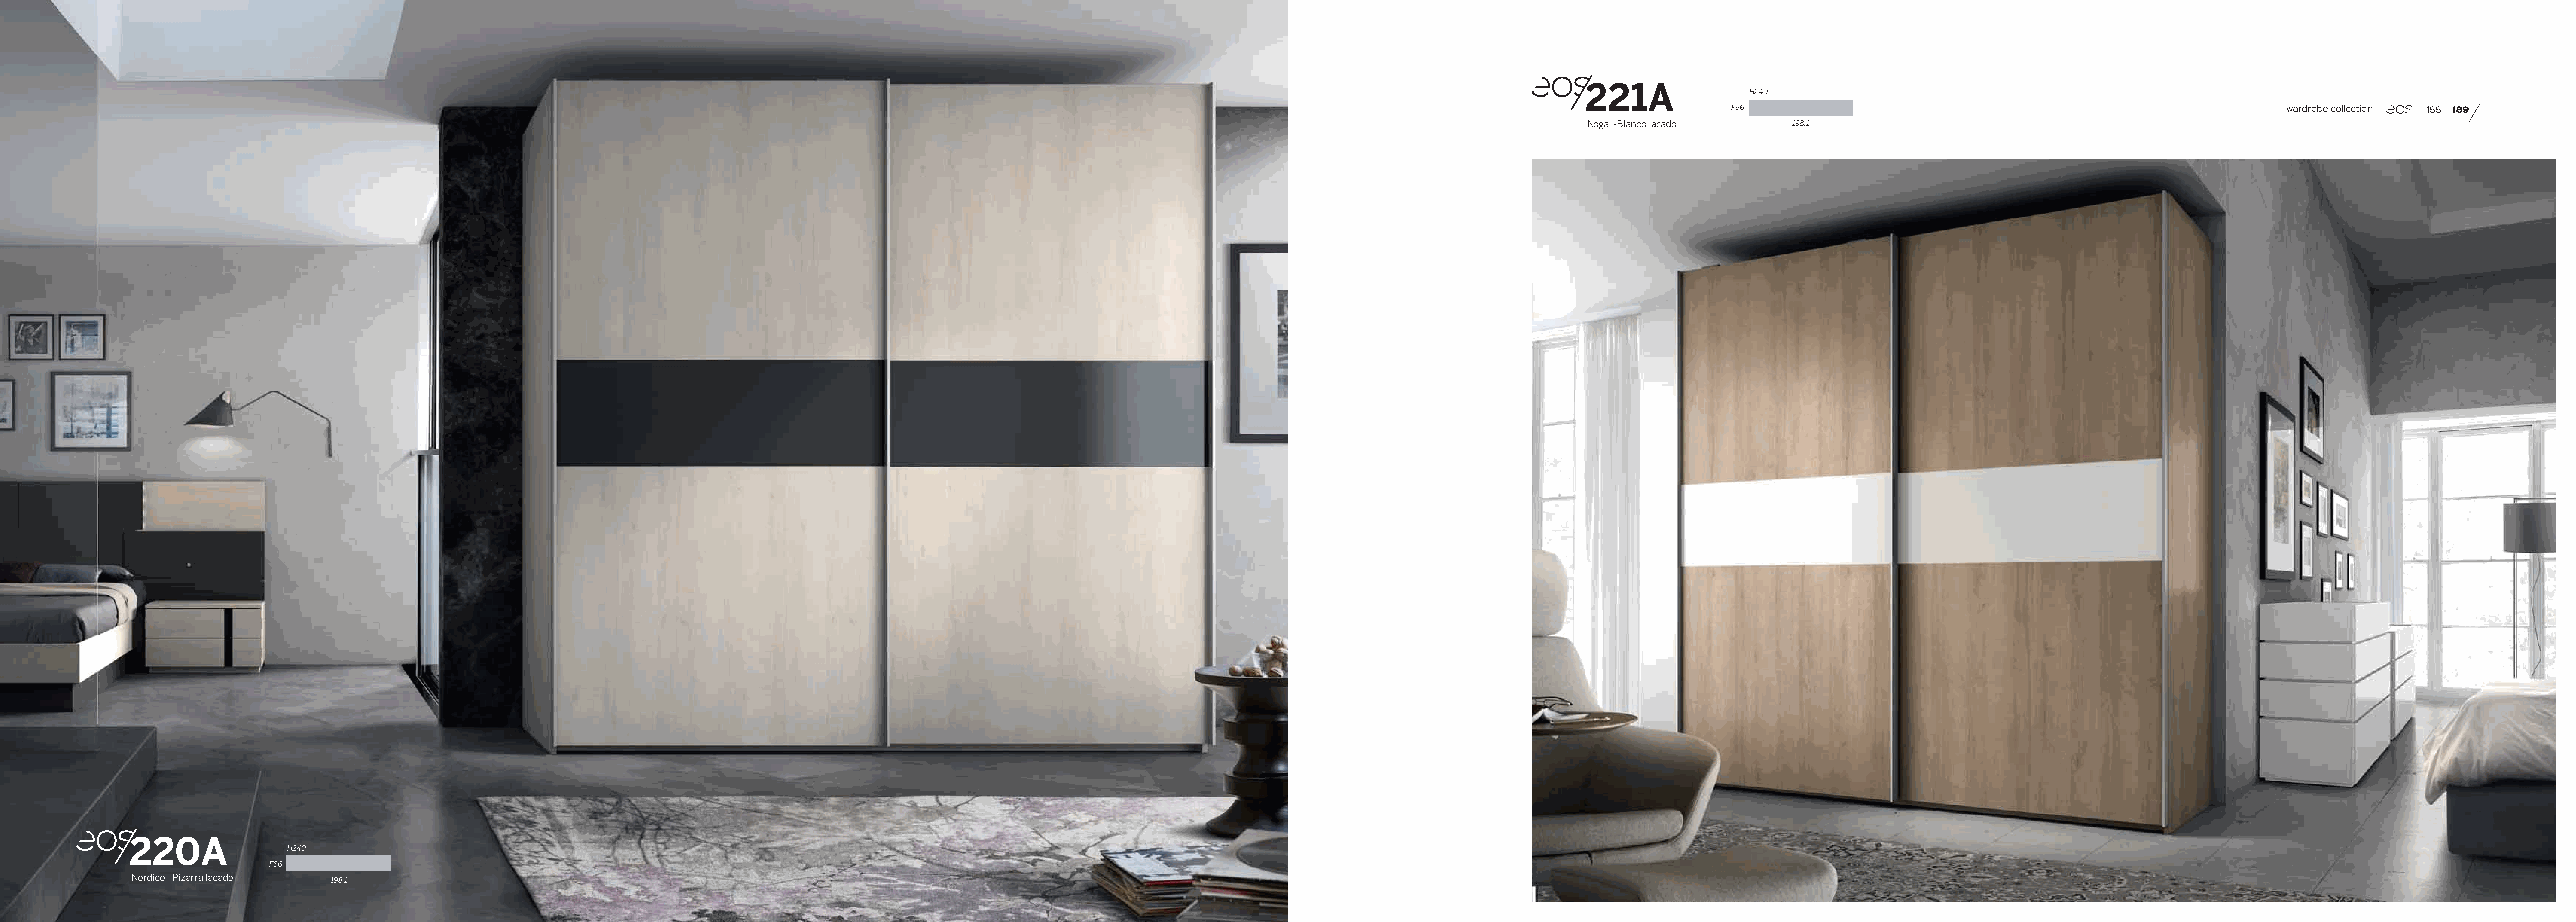
221A
 H240
 F66                                                                       wardrobe collection 188 189
 Nogal -Blanco lacado       198,1
 220A
 H240
 F66
 Nórdico - Pizarra lacado
 198,1